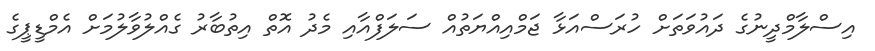
އިސްލާމްދީނުގެ ދައުވަތަށް ހުރަސްއަޅާ ޖަމްއިއްޔަތުއް ސަލަފްއާއި މެދު އޮތް އިތުބާރު ގެއްލުވާލުމަށް އެމްޑީޕީގެ